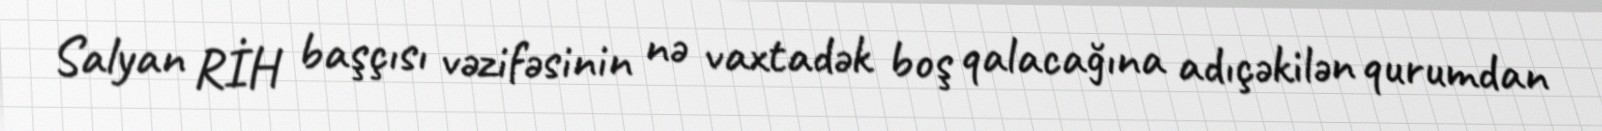
Salyan RİH başçısı vəzifəsinin nə vaxtadək boş qalacağına adıçəkilən qurumdan